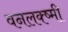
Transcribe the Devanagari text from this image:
वनलक्ष्मी